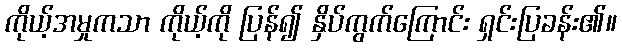
ကိုယ့်အမှုကသာ ကိုယ့်ကို ပြန်၍ နှိပ်ကွက်ကြောင်း ရှင်းပြခန်း၏။